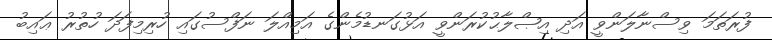
ފުރަތަމަ ވިސްނާލަންވީ އަދި އިޞްލާޙުކުރަންވީ އަޅުގަނޑުމެންގެ އަމިއްލަ ނަފްސުގައި ހުރިމިފަދަ ހުތުރު ޢައިބު